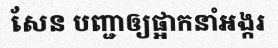
សែន បញ្ជាឲ្យផ្អាកនាំអង្ករ